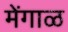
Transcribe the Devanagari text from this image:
मेंगाळ